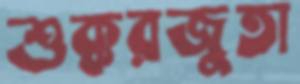
শুক্করজুতা